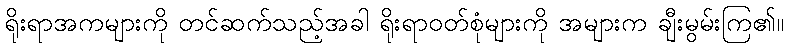
ရိုးရာအကများကို တင်ဆက်သည့်အခါ ရိုးရာဝတ်စုံများကို အများက ချီးမွမ်းကြ၏။